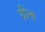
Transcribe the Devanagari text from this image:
ग्रीन्ड